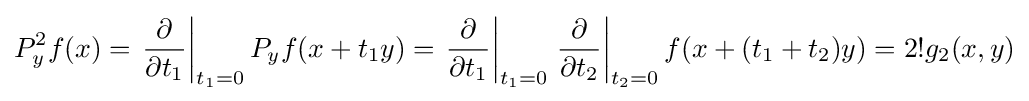
P_{y}^{2}f(x)=\left.{\partial  \over \partial t_{1}}\right|_{t_{1}=0}P_{y}f(x+t_{1}y)=\left.{\partial  \over \partial t_{1}}\right|_{t_{1}=0}\left.{\partial  \over \partial t_{2}}\right|_{t_{2}=0}f(x+(t_{1}+t_{2})y)=2!g_{2}(x,y)